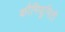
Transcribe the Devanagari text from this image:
कौमियूनिटी